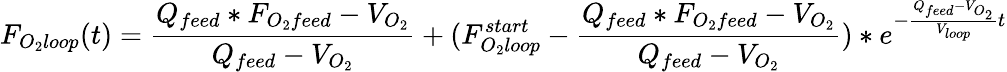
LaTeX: F_{O_{2}loop}(t)={\frac{Q_{feed}*F_{O_{2}feed}-V_{O_{2}}}{Q_{feed}-V_{O_{2}}}}+(F_{O_{2}loop}^{start}-{\frac{Q_{feed}*F_{O_{2}feed}-V_{O_{2}}}{Q_{feed}-V_{O_{2}}}})*e^{-{\frac{Q_{feed}-V_{O_{2}}}{V_{loop}}}t}